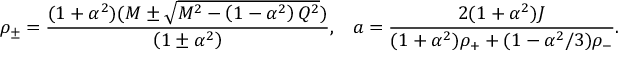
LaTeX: \rho _ { \pm } = \frac { ( 1 + \alpha ^ { 2 } ) ( M \pm \sqrt { M ^ { 2 } - \left( 1 - \alpha ^ { 2 } \right) Q ^ { 2 } } ) } { \left( 1 \pm \alpha ^ { 2 } \right) } , \; \; \; a = \frac { 2 ( 1 + \alpha ^ { 2 } ) J } { ( 1 + \alpha ^ { 2 } ) \rho _ { + } + ( 1 - \alpha ^ { 2 } / 3 ) \rho _ { - } } .